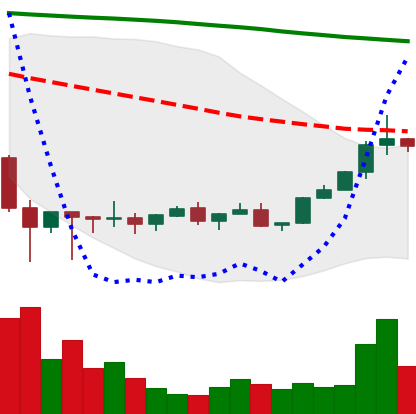
Ticker: XLM-USD
Chart end date: 2022-02-09
Forward return: -11.616%
Label: down_7plus